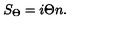
S _ { \Theta } = i \Theta n .